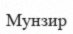
Мунзир